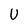
Character: U